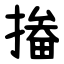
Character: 㨧